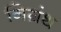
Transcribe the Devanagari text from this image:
निग्रंथ